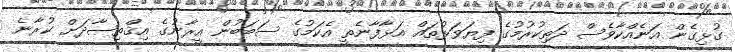
ގުޅިގެން އަނެއްކާވެސް ދަތިކުރުމުގެ ފިޔަވަޅުތައް އަޅާފާނެތީ އެކަމުގެ ސަބަބުން އީރާނުގެ އިޤްތިޞާދަށް ކުރާނެ